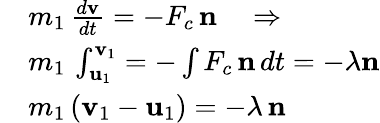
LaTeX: \begin{array}{rl}&{m_{1}\, \frac{d\mathbf v}{dt}=-F_{c}\, \mathbf n\quad\Rightarrow}\\ &{m_{1}\, \int_{\mathbf u_{1}}^{\mathbf v_{1}}=-\int F_{c}\, \mathbf n\, dt=-\lambda\mathbf{n}}\\ &{m_{1}\, (\mathbf v_{1}-\mathbf u_{1})=-\lambda\, \mathbf n}\end{array}